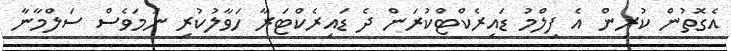
އެގޮތުން ކުރިން އެ ފިލްމު ޑައިރެކްޓްކުރަން ދެ ޑައިރެކްޓަރާ ހަވާލުކުރި ނަމަވެސް ސަލްމާނާ